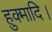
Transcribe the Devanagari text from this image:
हुक्मादि।